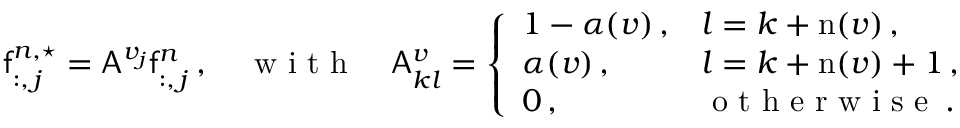
\mathsf { f } _ { : , \, j } ^ { n , \star } = \mathsf { A } ^ { v _ { j } } \mathsf { f } _ { : , \, j } ^ { n } \, , \quad \mathrm { ~ w ~ i ~ t ~ h ~ } \quad \mathsf { A } _ { k l } ^ { v } = \left\{ \begin{array} { l l } { 1 - \alpha ( v ) \, , } & { l = k + \mathrm { n } ( v ) \, , } \\ { \alpha ( v ) \, , } & { l = k + \mathrm { n } ( v ) + 1 \, , } \\ { 0 \, , } & { \mathrm { ~ o ~ t ~ h ~ e ~ r ~ w ~ i ~ s ~ e ~ } \, . } \end{array} \right.